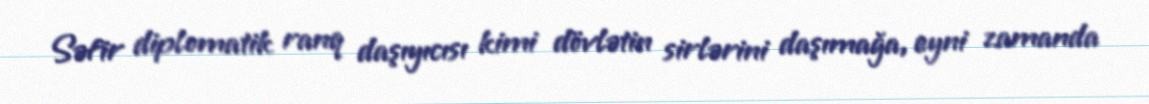
Səfir diplomatik ranq daşıyıcısı kimi dövlətin sirlərini daşımağa, eyni zamanda